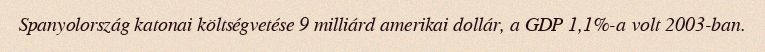
Spanyolország katonai költségvetése 9 milliárd amerikai dollár, a GDP 1,1%-a volt 2003-ban.